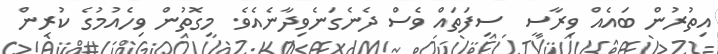
އިތުރުން ބައެއް ވިރާސީ  ސިފަތައް ވެސް ދެނެގަނެވިދާނެއެވެ. މިގޮތުން ވިހެއުމުގެ ކުރިން